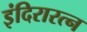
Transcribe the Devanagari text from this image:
इंदिरारत्‍न